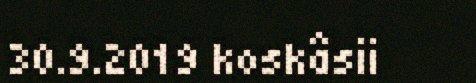
30.9.2019 koskâsii